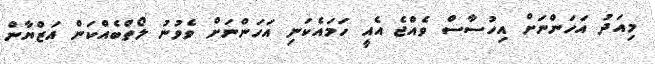
މިއަދު އަހަންނަށް އިހުސާސް ވެއްޖެ އެއީ ހަމައެކަނި އަހަންނަށް ވެވުނު ލޯތްބެއްކަން އަޒްޔާން